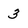
Character: 3